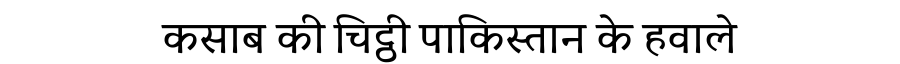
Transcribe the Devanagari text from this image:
कसाब की चिट्ठी पाकिस्तान के हवाले